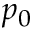
p _ { 0 }